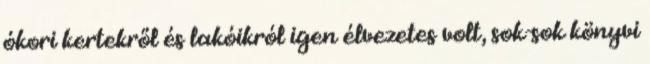
ókori kertekről és lakóikról igen élvezetes volt, sok-sok könyvi